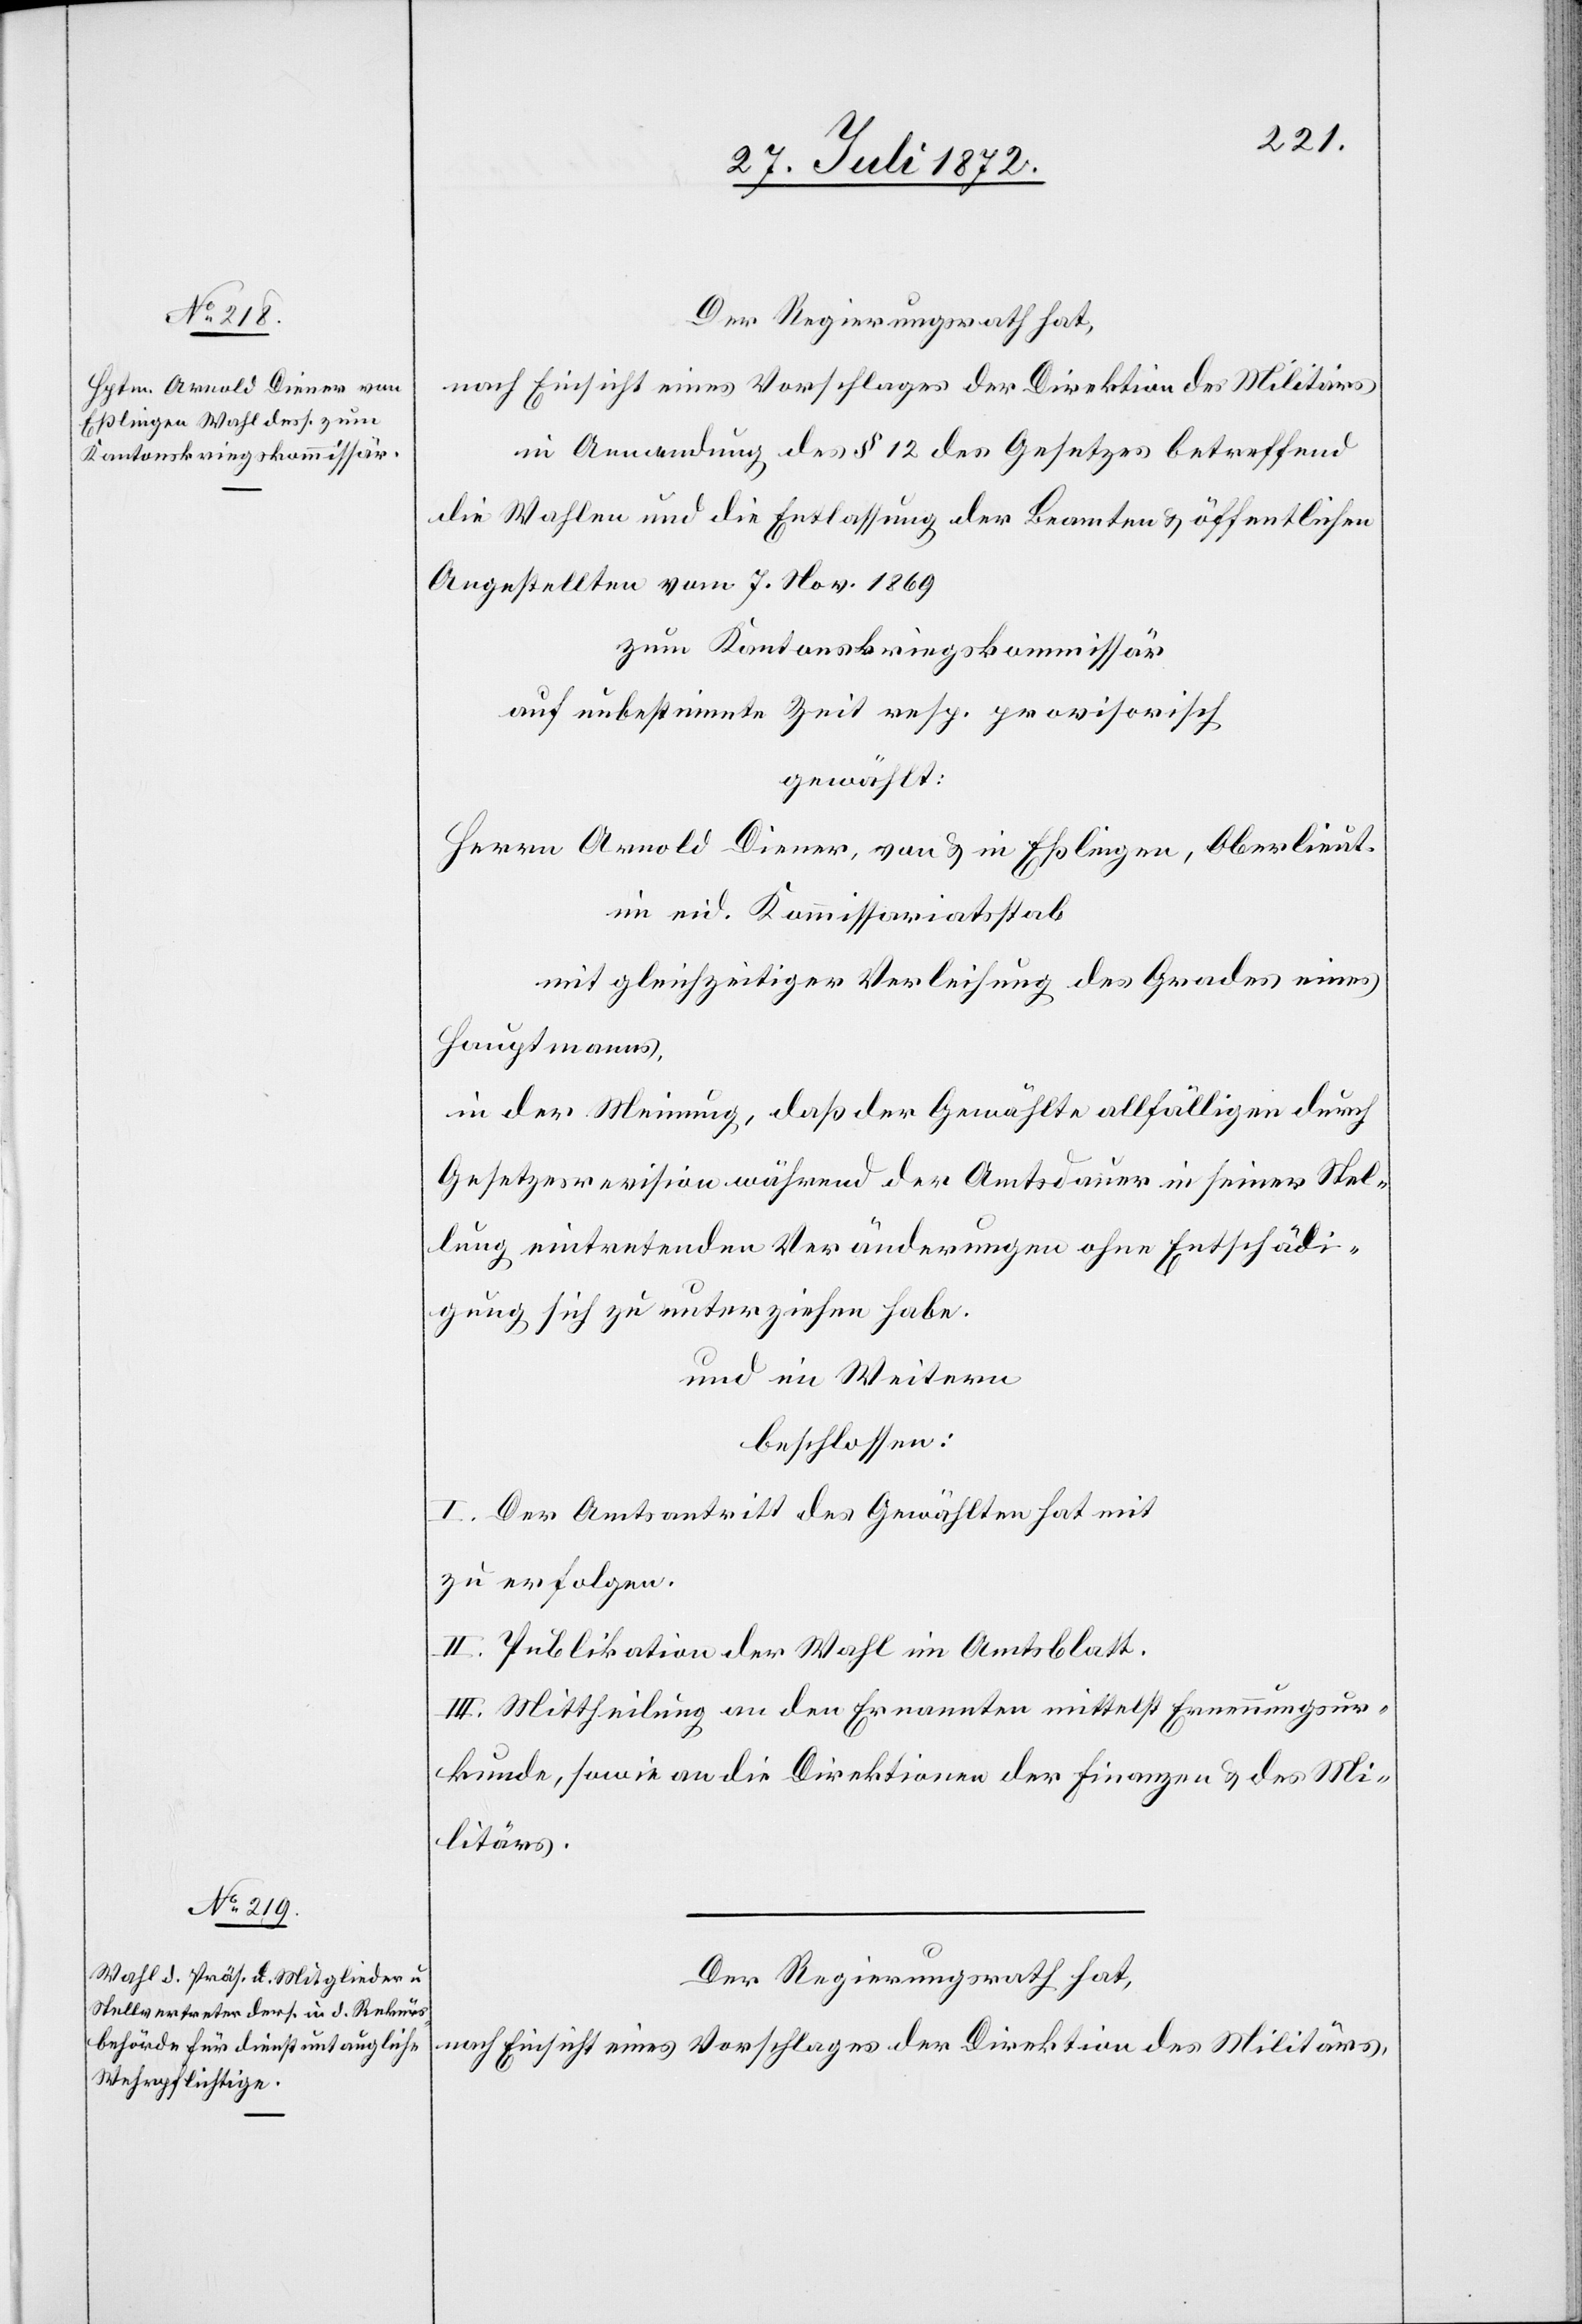
in Anwendung des § 12 des Gesetzes betreffend
die Wahlen und die Entlassung der Beamten u. öffentlichen
Angestellten vom 7. Nov. 1869
zum Kantonskriegskommissär
auf unbestimmte Zeit resp. provisorisch
gewählt:
Herrn Arnold Diener, von u. in Eßlingen, Oberlieut.
im eid. Kommissariatsstab
mit gleichzeitiger Verleihung des Grades eines
Hauptmannes,
in der Meinung, daß der Gewählte allfälligen durch
Gesetzesrevision während der Amtsdauer in seiner Stel¬
lung eintretenden Veränderungen ohne Entschädi¬
gung sich zu unterziehen habe.
und im Weitern
beschlossen:
I. Der Amtsantritt des Gewählten hat mit
zu erfolgen.
II. Publikation der Wahl im Amtsblatt.
III. Mittheilung an den Ernannten mittelst Ernennungsur¬
kunde, sowie an die Direktionen der Finanzen u. des Mi¬
litärs.
Der Regierungsrath hat,
nach Einsicht eines Vorschlages der Direktion des Militärs,